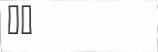
٣٠